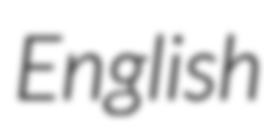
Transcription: English